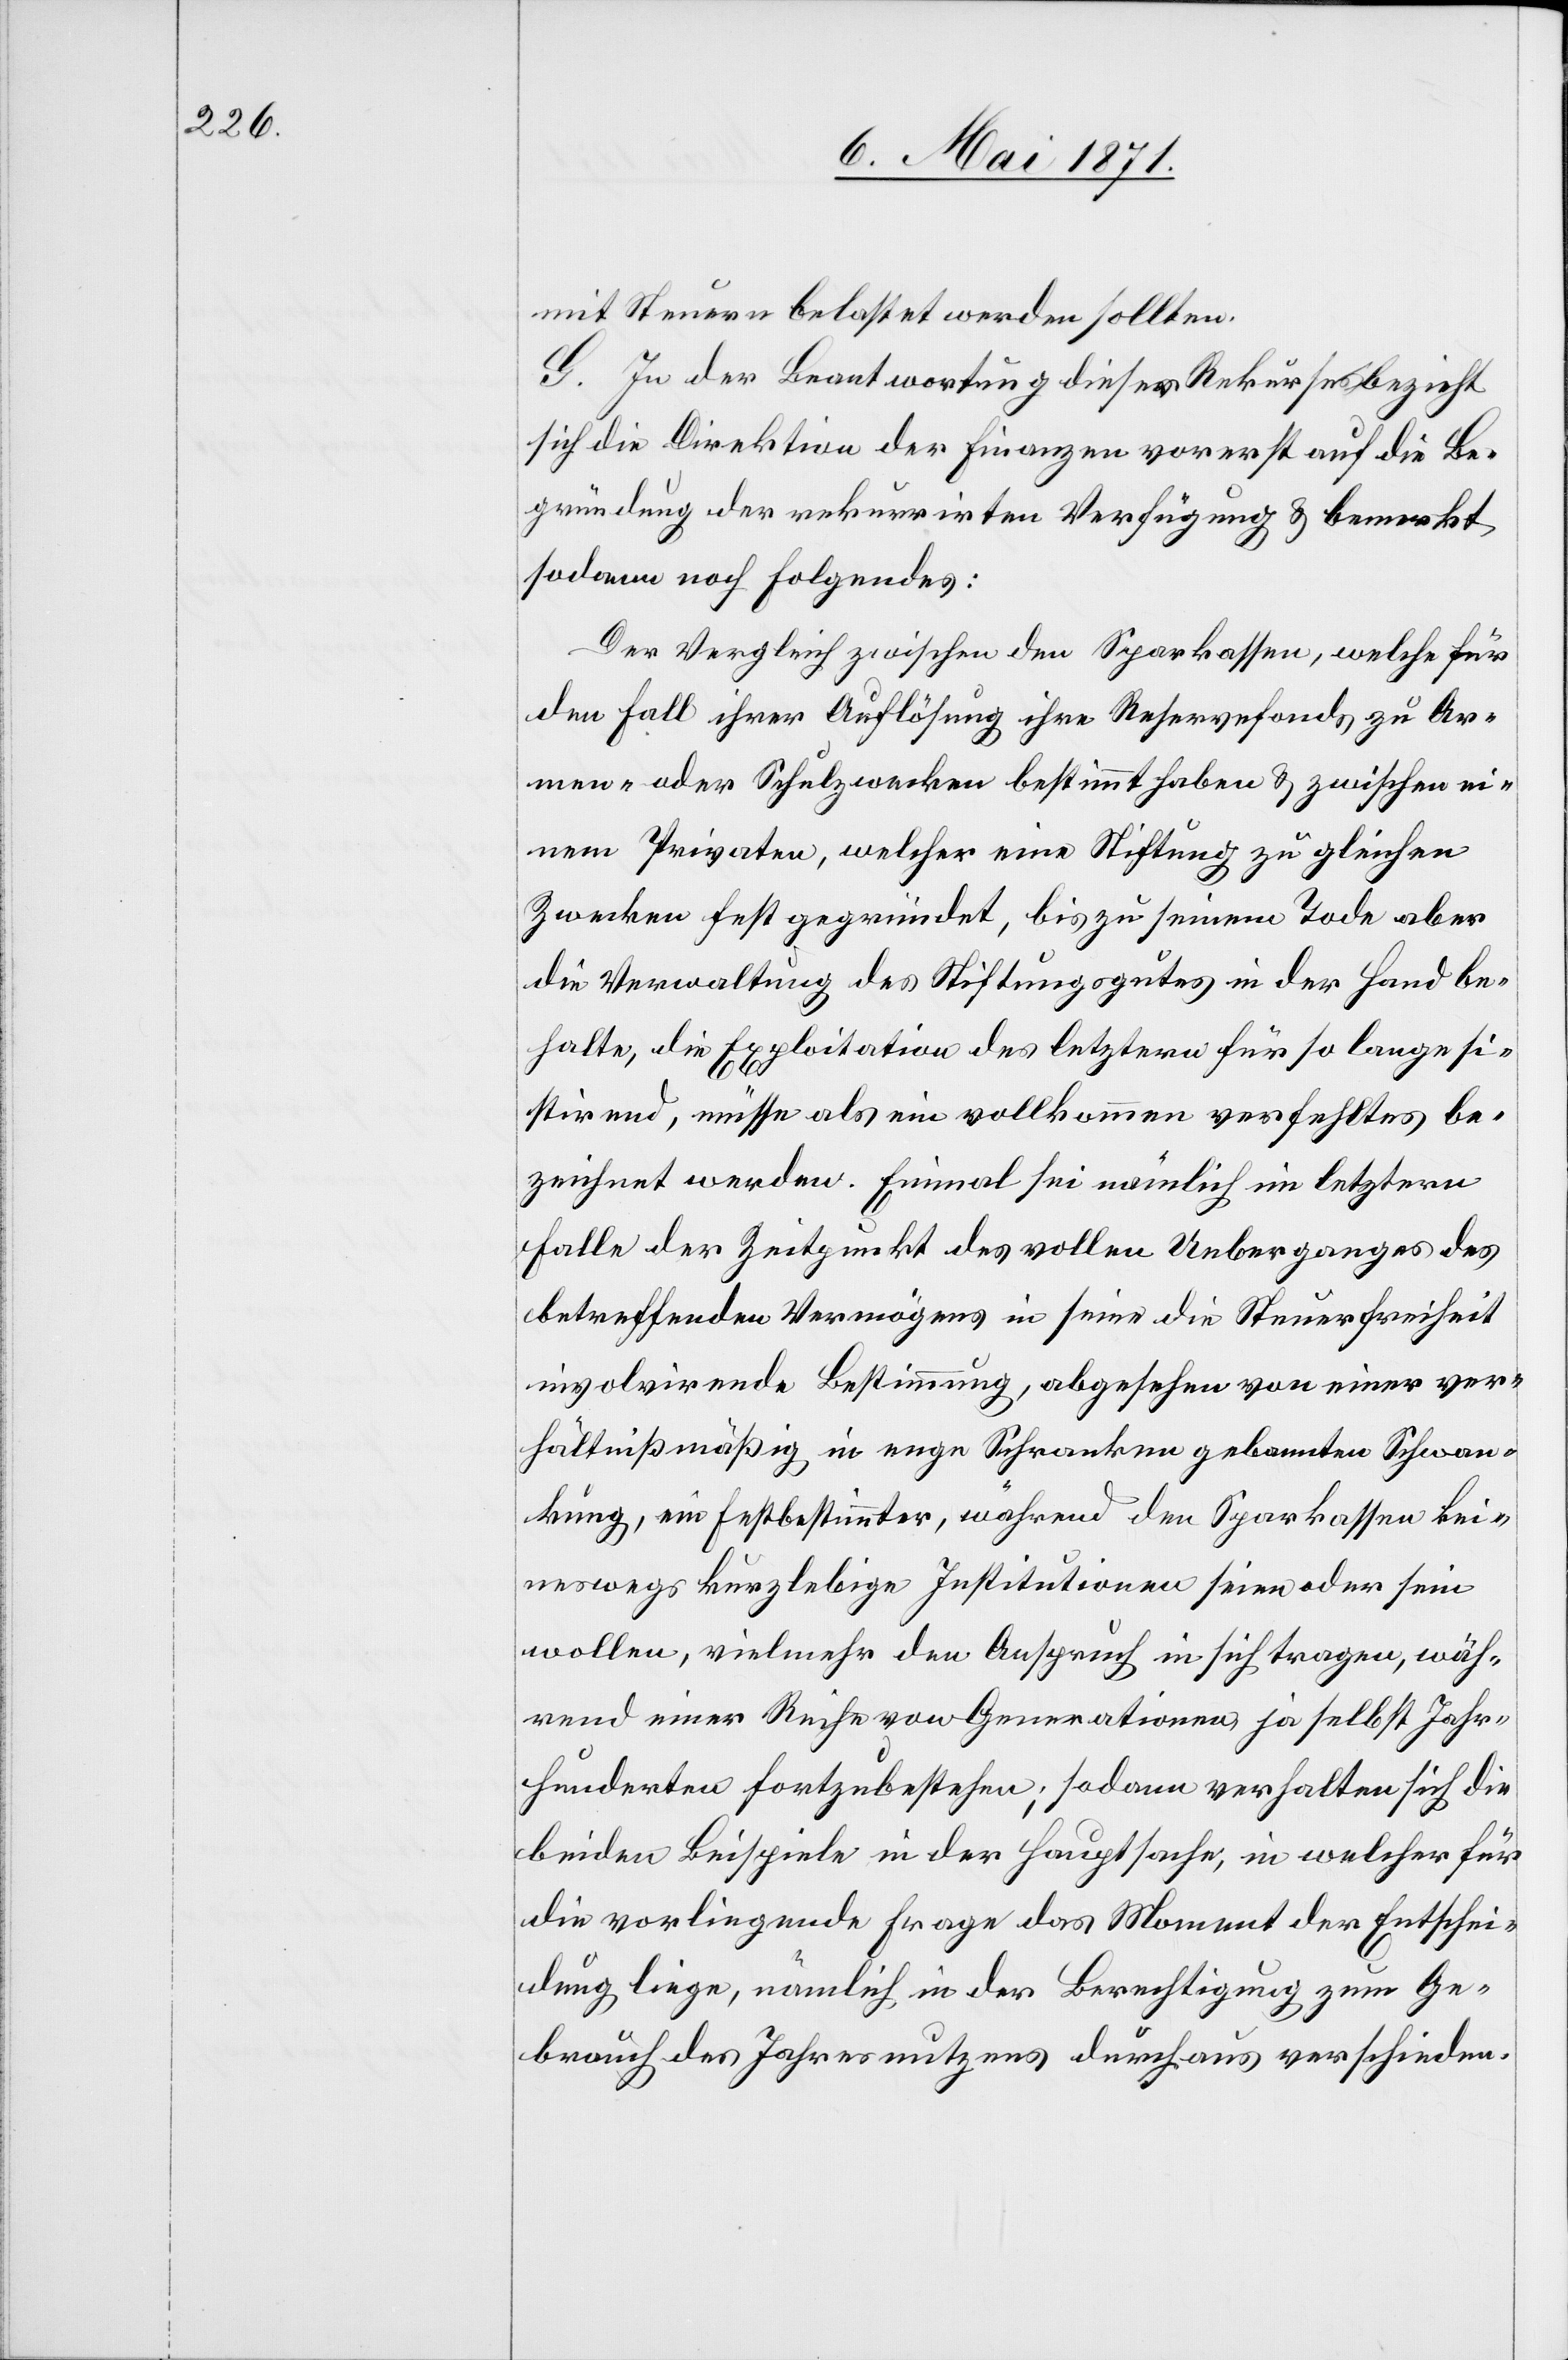
mit Steuern belastet werden sollten.
G. In der Beantwortung dieses Rekurses bezieht
sich die Direktion der Finanzen vorerst auf die Be¬
gründung der rekurrirten Verfügung u. bemerkt
sodann noch Folgendes:
Der Vergleich zwischen den Sparkassen, welche für
den Fall ihrer Auflösung ihre Reservefonds zu Ar¬
men- oder Schulzwecken bestimmt haben u. zwischen ei¬
nem Privaten, welcher eine Stiftung zu gleichen
Zwecken fest gegründet, bis zu seinem Tode aber
die Verwaltung des Stiftungsgutes in der Hand be¬
halte, die Exploitation des letztern für so lange si¬
stirend, müsse als ein vollkommen verfehltes be¬
zeichnet werden. Einmal sei nämlich im letzern
Falle der Zeitpunkt des vollen Ueberganges des
betreffenden Vermögens in seine die Steuerfreiheit
involvirende Bestimmung, abgesehen von einer ver¬
hältnißmäßig in enge Schranken gebannten Schwan¬
kung, ein Festbestimmter, während den [sic!] Sparkassen kei¬
neswegs kurzlebige Institutionen seien oder sein
wollen, vielmehr den Anspruch in sich tragen, wäh¬
rend einer Reihe von Generationen, ja selbst Jahr¬
hunderten fortzubestehen; sodann verhalten sich die
beiden Beispiele in der Hauptsache, in welcher für
die vorliegende Frage das Moment der Entschei¬
dung liege, nämlich in der Berechtigung zum Ge¬
brauch des Jahresnutzens durchaus verschieden.